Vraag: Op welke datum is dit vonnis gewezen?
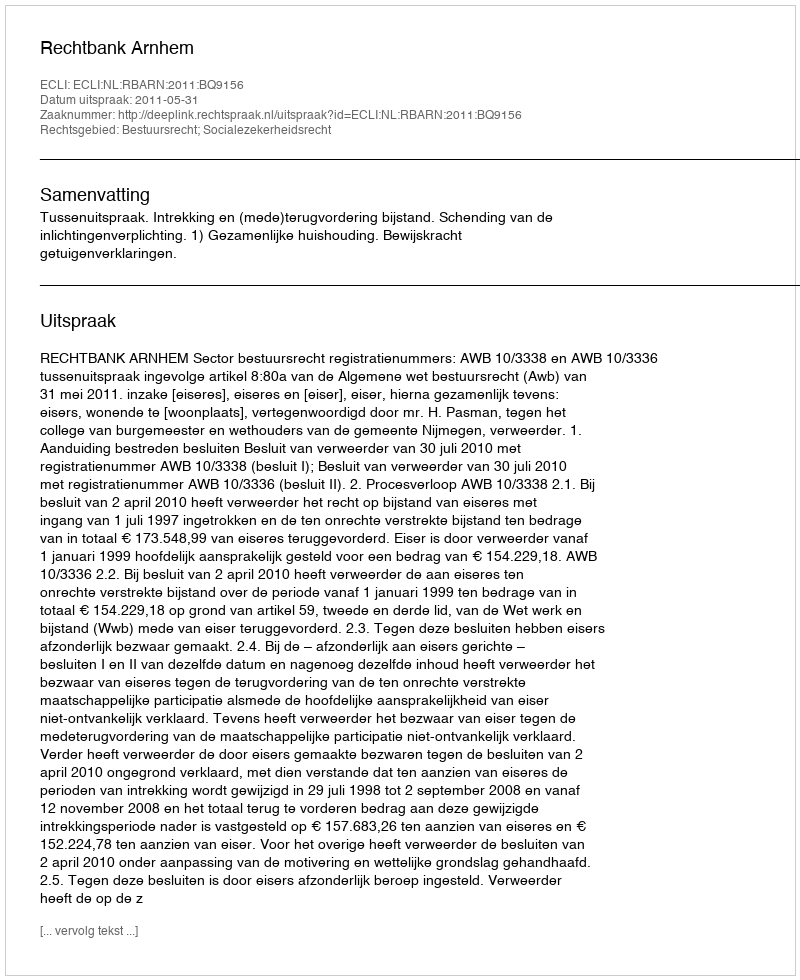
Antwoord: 2011-05-31